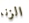
الزنا